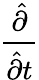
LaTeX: \frac{\hat{\partial}}{\hat{\partial}t}